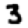
Digit: 3